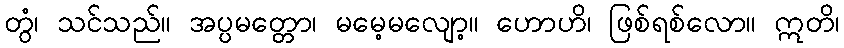
တွံ၊ သင်သည်။ အပ္ပမတ္တော၊ မမေ့မလျော့။ ဟောဟိ၊ ဖြစ်ရစ်လော။ ဣတိ၊